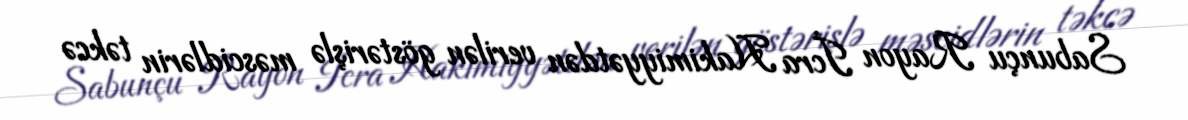
Sabunçu Rayon İcra Hakimiyyətdən verilən göstərişlə məscidlərin təkcə